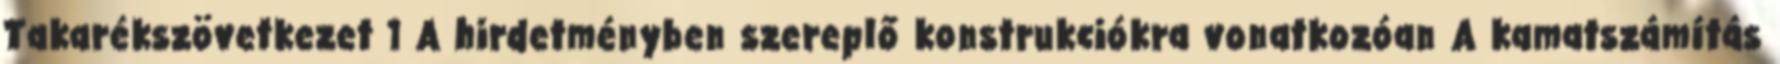
Takarékszövetkezet 1 A hirdetményben szereplő konstrukciókra vonatkozóan A kamatszámítás